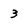
Character: 3